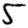
Digit: 5